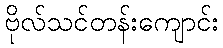
ဗိုလ်သင်တန်းကျောင်း